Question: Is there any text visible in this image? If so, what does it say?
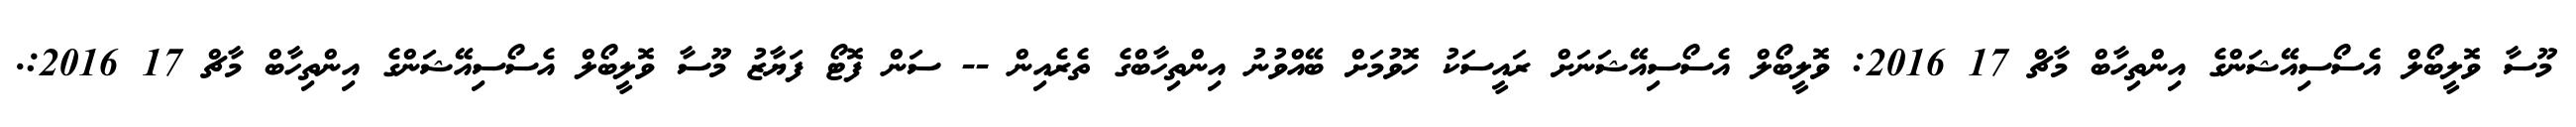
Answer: މޫސާ ވޮލީބޯލް އެސޯސިއޭޝަންގެ އިންތިހާބް މާޗް 17 2016: ވޮލީބޯލް އެސޯސިއޭޝަނަށް ރައީސަކު ހޮވުމަށް ބޭއްވުނު އިންތިހާބްގެ ތެރެއިން -- ސަން ފޮޓޯ ފަޔާޒު މޫސާ ވޮލީބޯލް އެސޯސިއޭޝަންގެ އިންތިހާބް މާޗް 17 2016:.